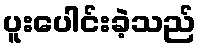
ပူးပေါင်းခဲ့သည်